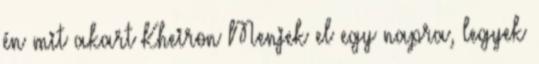
én mit akart Kheiron Menjek el egy napra, legyek